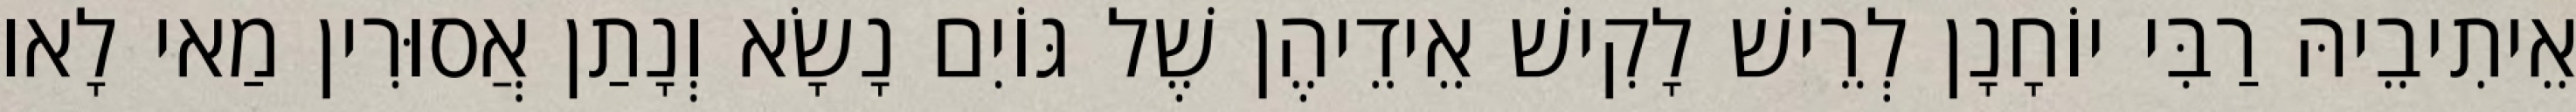
אֵיתִיבֵיהּ רַבִּי יוֹחָנָן לְרֵישׁ לָקִישׁ אֵידֵיהֶן שֶׁל גּוֹיִם נָשָׂא וְנָתַן אֲסוּרִין מַאי לָאו